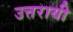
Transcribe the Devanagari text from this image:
उत्तरायी